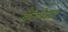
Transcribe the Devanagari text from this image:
श्रौतविद्या